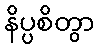
နိပ္ပစိတွာ